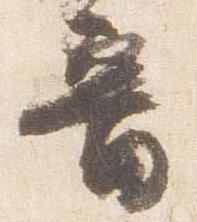
音